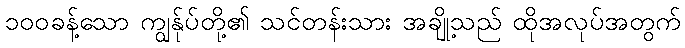
၁၀၀ခန့်သော ကျွန်ုပ်တို့၏ သင်တန်းသား အချို့သည် ထိုအလုပ်အတွက်